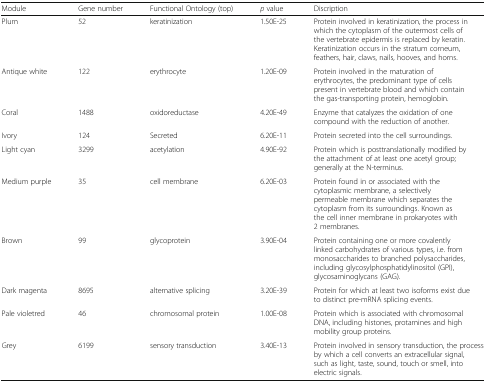
| Module | Gene number | Functional Ontology (top) | p value | Discription |
 | --- | --- | --- | --- | --- |
 | Plum | 52 | keratinization | 1.50E-25 | Protein involved in keratinization, the process in which the cytoplasm of the outermost cells of the vertebrate epidermis is replaced by keratin. Keratinization occurs in the stratum corneum, feathers, hair, claws, nails, hooves, and horns. |
 | Antique white | 122 | erythrocyte | 1.20E-09 | Protein involved in the maturation of erythrocytes, the predominant type of cells present in vertebrate blood and which contain the gas-transporting protein, hemoglobin. |
 | Coral | 1488 | oxidoreductase | 4.20E-49 | Enzyme that catalyzes the oxidation of one compound with the reduction of another. |
 | Ivory | 124 | Secreted | 6.20E-11 | Protein secreted into the cell surroundings. |
 | Light cyan | 3299 | acetylation | 4.90E-92 | Protein which is posttranslationally modified by the attachment of at least one acetyl group; generally at the N-terminus. |
 | Medium purple | 35 | cell membrane | 6.20E-03 | Protein found in or associated with the cytoplasmic membrane, a selectively permeable membrane which separates the cytoplasm from its surroundings. Known as the cell inner membrane in prokaryotes with 2 membranes. |
 | Brown | 99 | glycoprotein | 3.90E-04 | Protein containing one or more covalently linked carbohydrates of various types, i.e. from monosaccharides to branched polysaccharides, including glycosylphosphatidylinositol (GPI), glycosaminoglycans (GAG). |
 | Dark magenta | 8695 | alternative splicing | 3.20E-39 | Protein for which at least two isoforms exist due to distinct pre-mRNA splicing events. |
 | Pale violetred | 46 | chromosomal protein | 1.00E-08 | Protein which is associated with chromosomal DNA, including histones, protamines and high mobility group proteins. |
 | Grey | 6199 | sensory transduction | 3.40E-13 | Protein involved in sensory transduction, the process by which a cell converts an extracellular signal, such as light, taste, sound, touch or smell, into electric signals. |